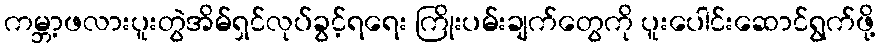
ကမ္ဘာ့ဖလားပူးတွဲအိမ်ရှင်လုပ်ခွင့်ရရေး ကြိုးပမ်းချက်တွေကို ပူးပေါင်းဆောင်ရွက်ဖို့